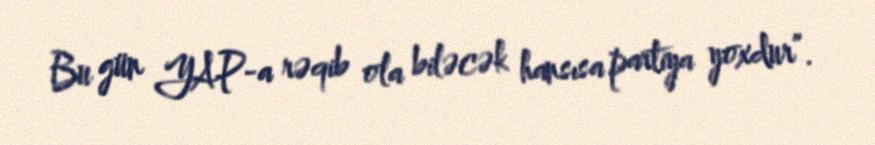
Bu gün YAP-a rəqib ola biləcək hansısa partiya yoxdur”.